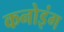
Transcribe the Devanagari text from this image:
कनोइंग